Annual administration report of the Civil Veterinary Department, Ajmere-Merwara, British Rajputana - 1914-1940
Year: 1914
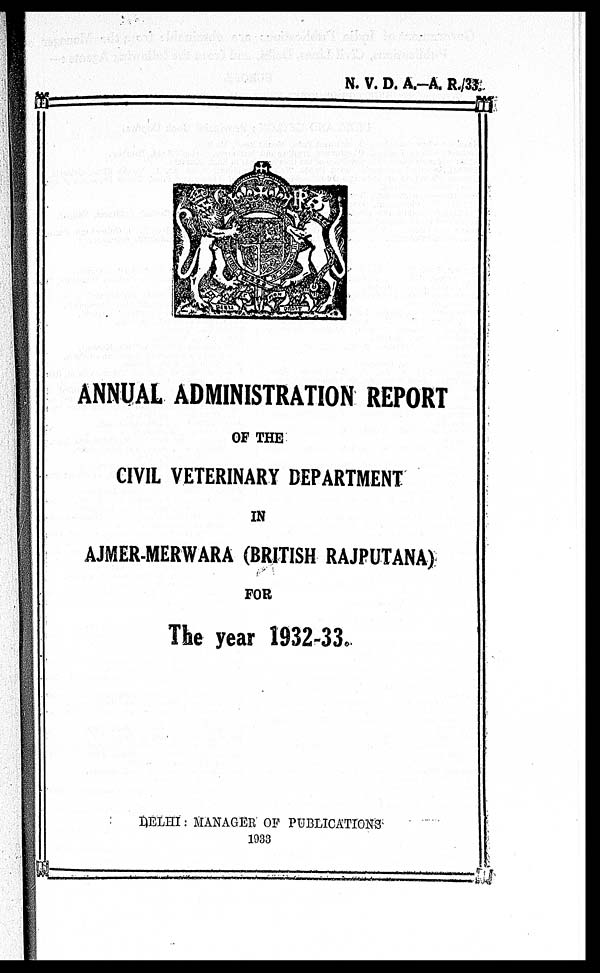
N. V. D. A.—A. R./33.
ANNUAL ADMINISTRATION REPORT
OF THE
CIVIL VETERINARY DEPARTMENT
IN
AJMER-MERWARA (BRITISH RAJPUTANA)
FOR
The year 1932-33.
DELHI: MANAGER OF PUBLICATIONS
1933